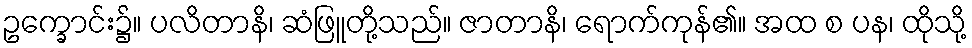
ဥက္ခောင်း၌။ ပလိတာနိ၊ ဆံဖြူတို့သည်။ ဇာတာနိ၊ ရောက်ကုန်၏။ အထ စ ပန၊ ထိုသို့